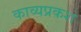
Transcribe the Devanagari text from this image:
काव्यप्रकश